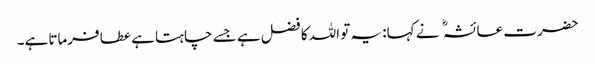
حضرت عائشہ نے کہا: یہ تو اللہ کا فضل ہے جسے چاہتا ہے عطا فرماتا ہے۔